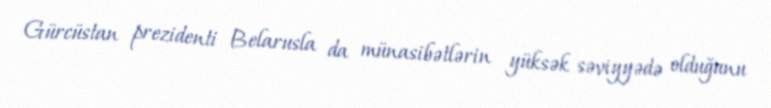
Gürcüstan prezidenti Belarusla da münasibətlərin yüksək səviyyədə olduğunu